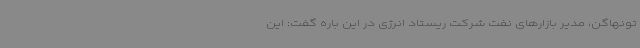
تونهاگن، مدیر بازارهای نفت شرکت ریستاد انرژی در این باره گفت: این